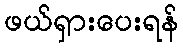
ဖယ်ရှားပေးရန်